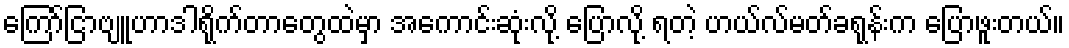
ကြော်ငြာဗျူဟာဒါရိုက်တာတွေထဲမှာ အကောင်းဆုံးလို့ ပြောလို့ ရတဲ့ ဟယ်လ်မတ်ခရုန်းက ပြောဖူးတယ်။